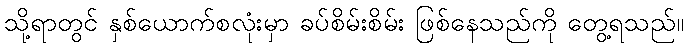
သို့ရာတွင် နှစ်ယောက်စလုံးမှာ ခပ်စိမ်းစိမ်း ဖြစ်နေသည်ကို တွေ့ရသည်။